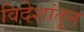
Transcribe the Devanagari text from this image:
विदेशांतून